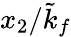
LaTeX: x_{2}/\tilde{k}_{f}